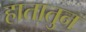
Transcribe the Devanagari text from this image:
हातातुन